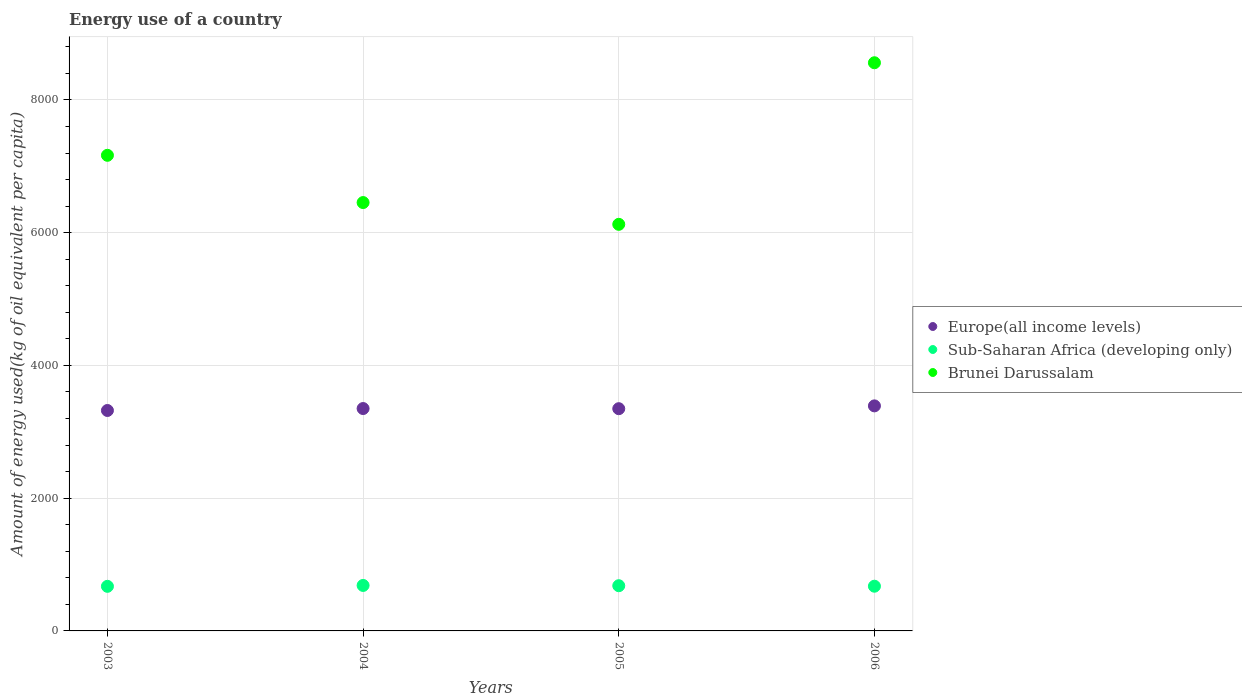
| Years | Europe(all income levels) | Sub-Saharan Africa (developing only) | Brunei Darussalam |
 | --- | --- | --- | --- |
 | 2003 | 3.32e+03 | 672 | 7.17e+03 |
 | 2004 | 3.35e+03 | 685 | 6.45e+03 |
 | 2005 | 3.35e+03 | 681 | 6.13e+03 |
 | 2006 | 3.39e+03 | 674 | 8.56e+03 |